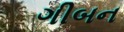
ગીબન